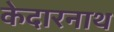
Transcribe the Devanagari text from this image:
केदारनाथ